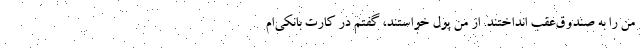
من را به صندوق‌عقب انداختند. از من پول خواستند، گفتم در کارت بانکی‌ام